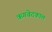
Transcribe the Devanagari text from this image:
ऋगवेदकाल